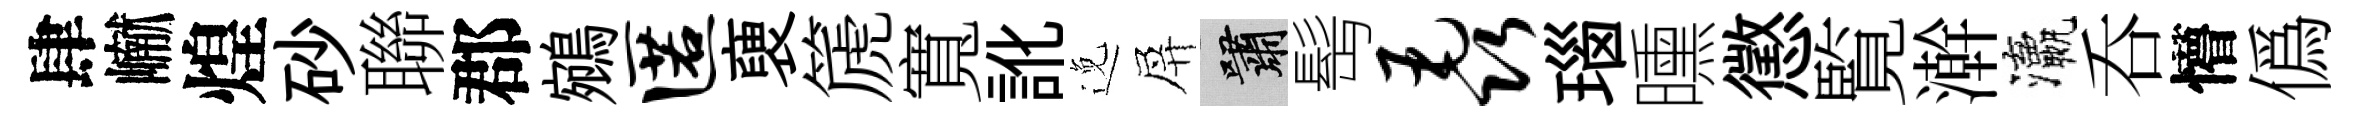
肆𪩘煌砂聯郡鵷匿褏篪寬訛𨓜屏嘯髩毳瑙曛懲覧澣瀛呑懵僞